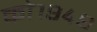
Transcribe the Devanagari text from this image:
को१९४९